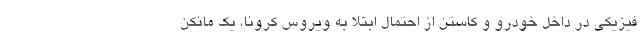
فیزیکی در داخل خودرو و کاستن از احتمال ابتلا به ویروس کرونا، یک مانکن